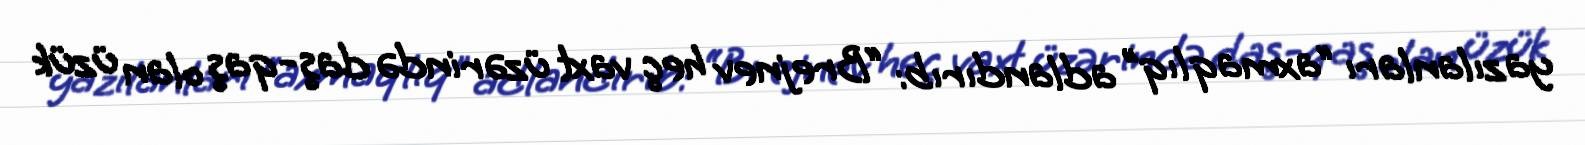
yazılanları “axmaqlıq” adlandırıb: “Brejnev heç vaxt üzərində daş-qaş olan üzük